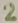
Text: 2